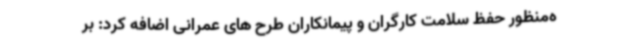
ه‌منظور حفظ سلامت کارگران و پیمانکاران طرح های عمرانی اضافه کرد: بر